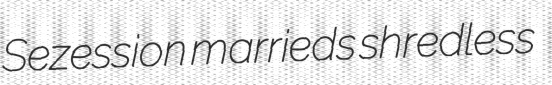
Sezession marrieds shredless